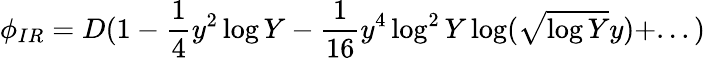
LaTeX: \phi_{IR}=D(1-{\frac{1}{4}}y^{2}\log Y-{\frac{1}{16}}y^{4}\log^{2}Y\log(\sqrt{\log Y}y)+...)